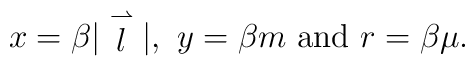
x=\beta |\stackrel{\rightharpoonup}{l}|, \ y=\beta m \ {\rm and} \  r=\beta \mu.